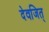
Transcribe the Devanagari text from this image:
देवजित्‌